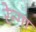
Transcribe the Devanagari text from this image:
रेन्गा